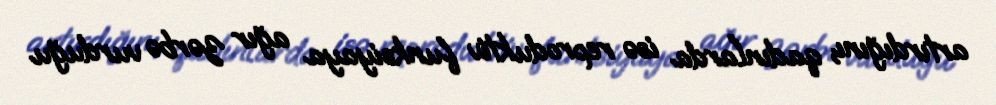
artırdığını, qadınlarda isə reproduktiv funksiyaya ağır zərbə vurduğu